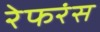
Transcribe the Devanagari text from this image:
रेफरंस